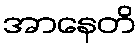
အာနေတိ